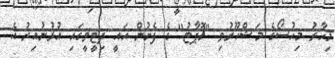
މިހާރު މިހުސޯގެ މަޝްހޫރުވި "ޗޮޕާޓު" ގެ ފެށުން އައީ ދިޓީވީގައި އުޅުނުއިރު އެ